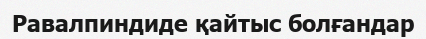
Равалпиндиде қайтыс болғандар